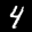
Label: 4